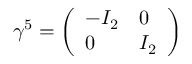
\gamma ^ { 5 } = { \left( \begin{array} { l l } { - I _ { 2 } } & { 0 } \\ { 0 } & { I _ { 2 } } \end{array} \right) }